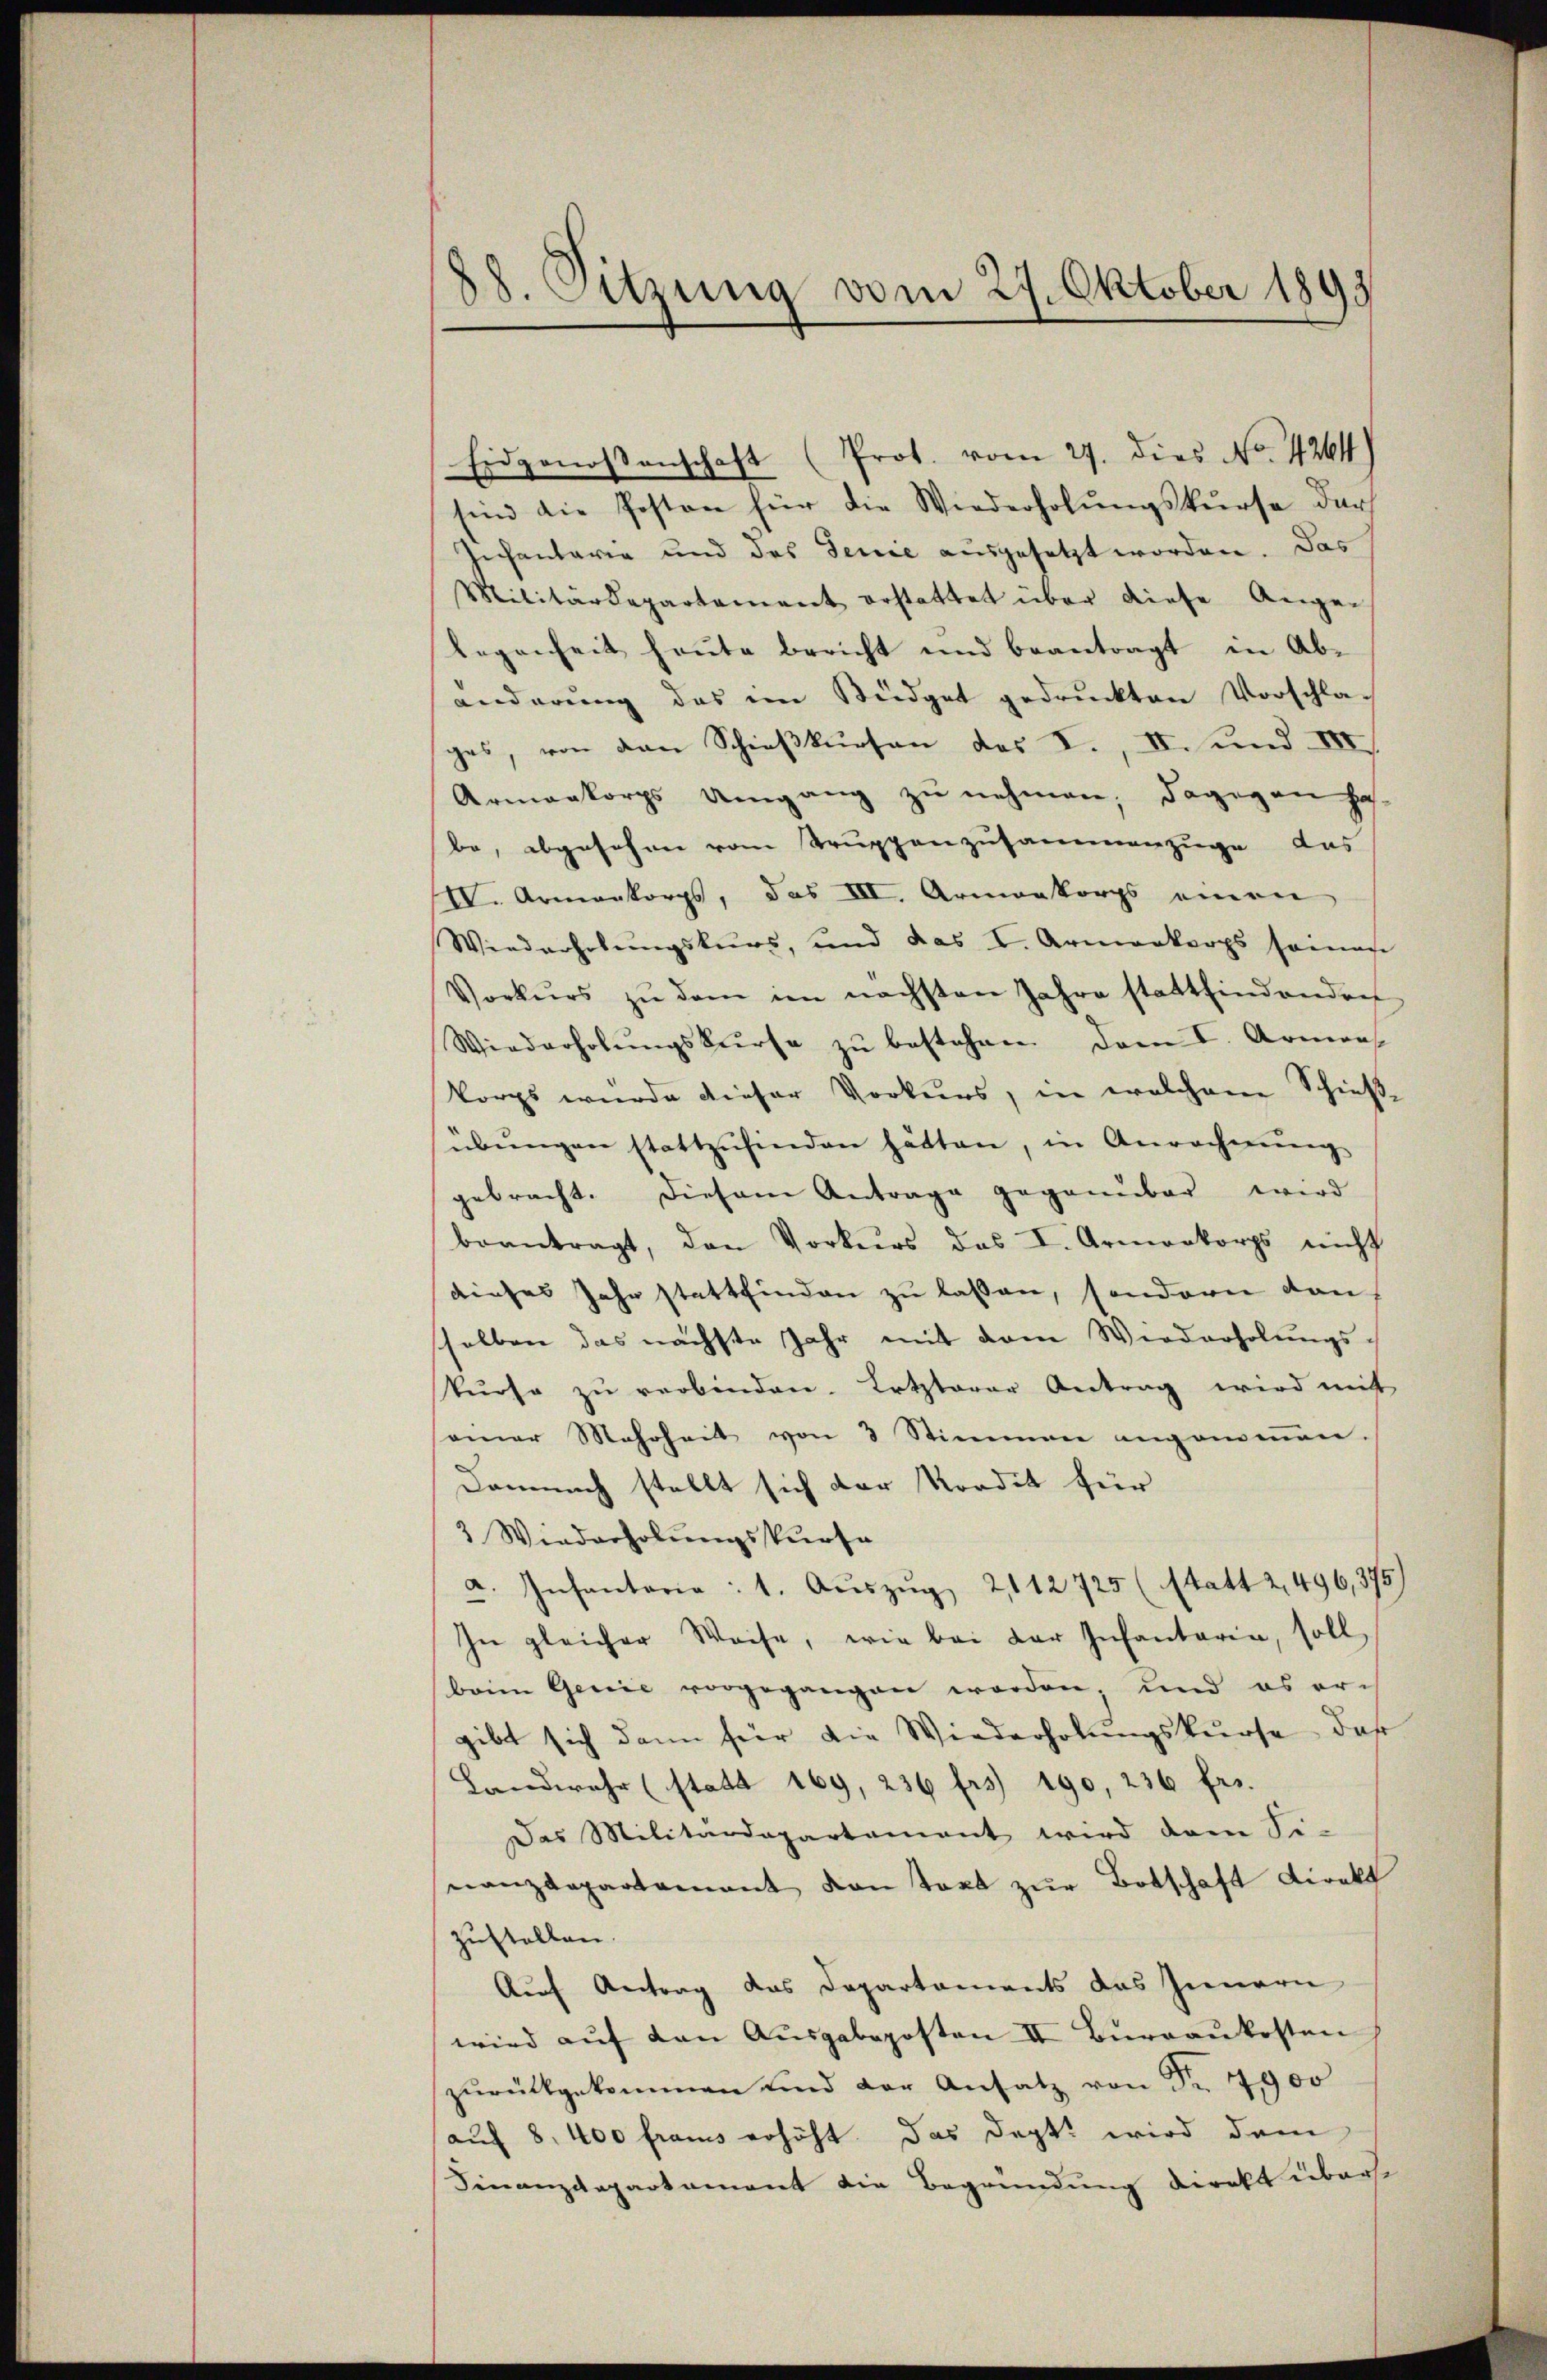
88. Sitzung vom 27. Oktober 1893

Eidgenossenschaft (Prot. vom 27. dies No. 4264)
sind die Posten für die Wiederholŭngskurse der
Infantaria und des Tence ausgesetzt worden. Das
Militärdepartament erstattet über diese Angen
legenheit heute bericht und beantragt in Ab-
änderung das im Büdget gedruckten Vorschla-
ges, von den Schießkursen des F. II. und III
Armenkorps Umgang zu nehmen; dagegen ha
be, abgesehen vom Truppenzusammenzuge das
IV. Armenkorps, das III. Armenkorps einen
Wiederholungskurs, und das I. Armenkorps seines
Vorkurs zŭ dem im nächsten Jahre stattfind andret
Wiederholŭngskurse zu bestehen. Dem I. Armens
korps wurde dieser Vorkurs, in welchem Schießübŭngen stattzŭfinden hätten, in Anrechnŭng
gebracht. Diesem Antrage gegenüber wird
beantragt, den Vorkurs das I. Armenkorps nicht
dieses Jahr stattfinden zu lassen, sondern dan
sselben das nächste Jahr mit dem Wiederholungs-
kŭrse zŭ verbinden. Letzterer Antrag wird mit
seiner Mehrheit von 3 Stimmen angenommen.
Demnach stellt sich der Kredit für
3 Wiederholungskurse
a. Infantaria : 1. Aŭszŭg 2112725 (Statt 2, 496,375)
In gleicher Weise, wie bei der Infantaria, soll
beim Genie vorgegangen worden, und es ergibt sich dann für die Wiederholungskurse das
Landwehr (statt 169, 236 frs. 190, 236 fr.
Das Militärdepartement wird dem Si-
nanzdepartamant von text zur Botschaft Direkt
zustellen.
Auf Antrag das Departaments das Innern
wird aŭf den Aŭsgabeposten II Bŭrgaŭkosten
zŭrückgekommen und der Ansatz von Nr. 7900
(auf 8. 400 francs erhöht das Dept. wird dem
Finanzdepartement die Begründung direkt überse